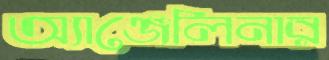
অ্যাঞ্জেলিনার